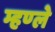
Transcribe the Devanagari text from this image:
म्हण्ले